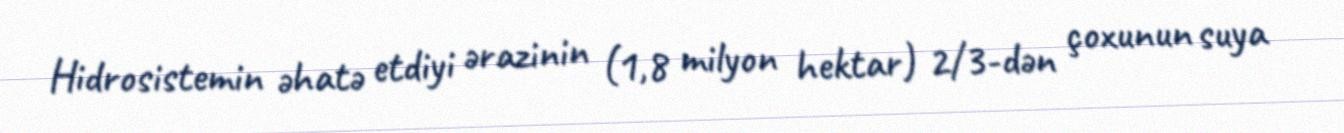
Hidrosistemin əhatə etdiyi ərazinin (1,8 milyon hektar) 2/3-dən çoxunun suya